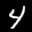
Label: 4